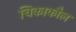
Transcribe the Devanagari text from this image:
चिकाकौल